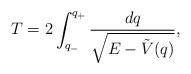
LaTeX: \begin{align*}T=2\int_{q_-}^{q_+}\frac{dq}{\sqrt{E-\tilde V(q)}},\end{align*}